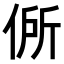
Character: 𬾟